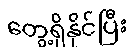
တွေ့ရှိနိုင်ပြီး